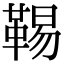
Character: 𩋌